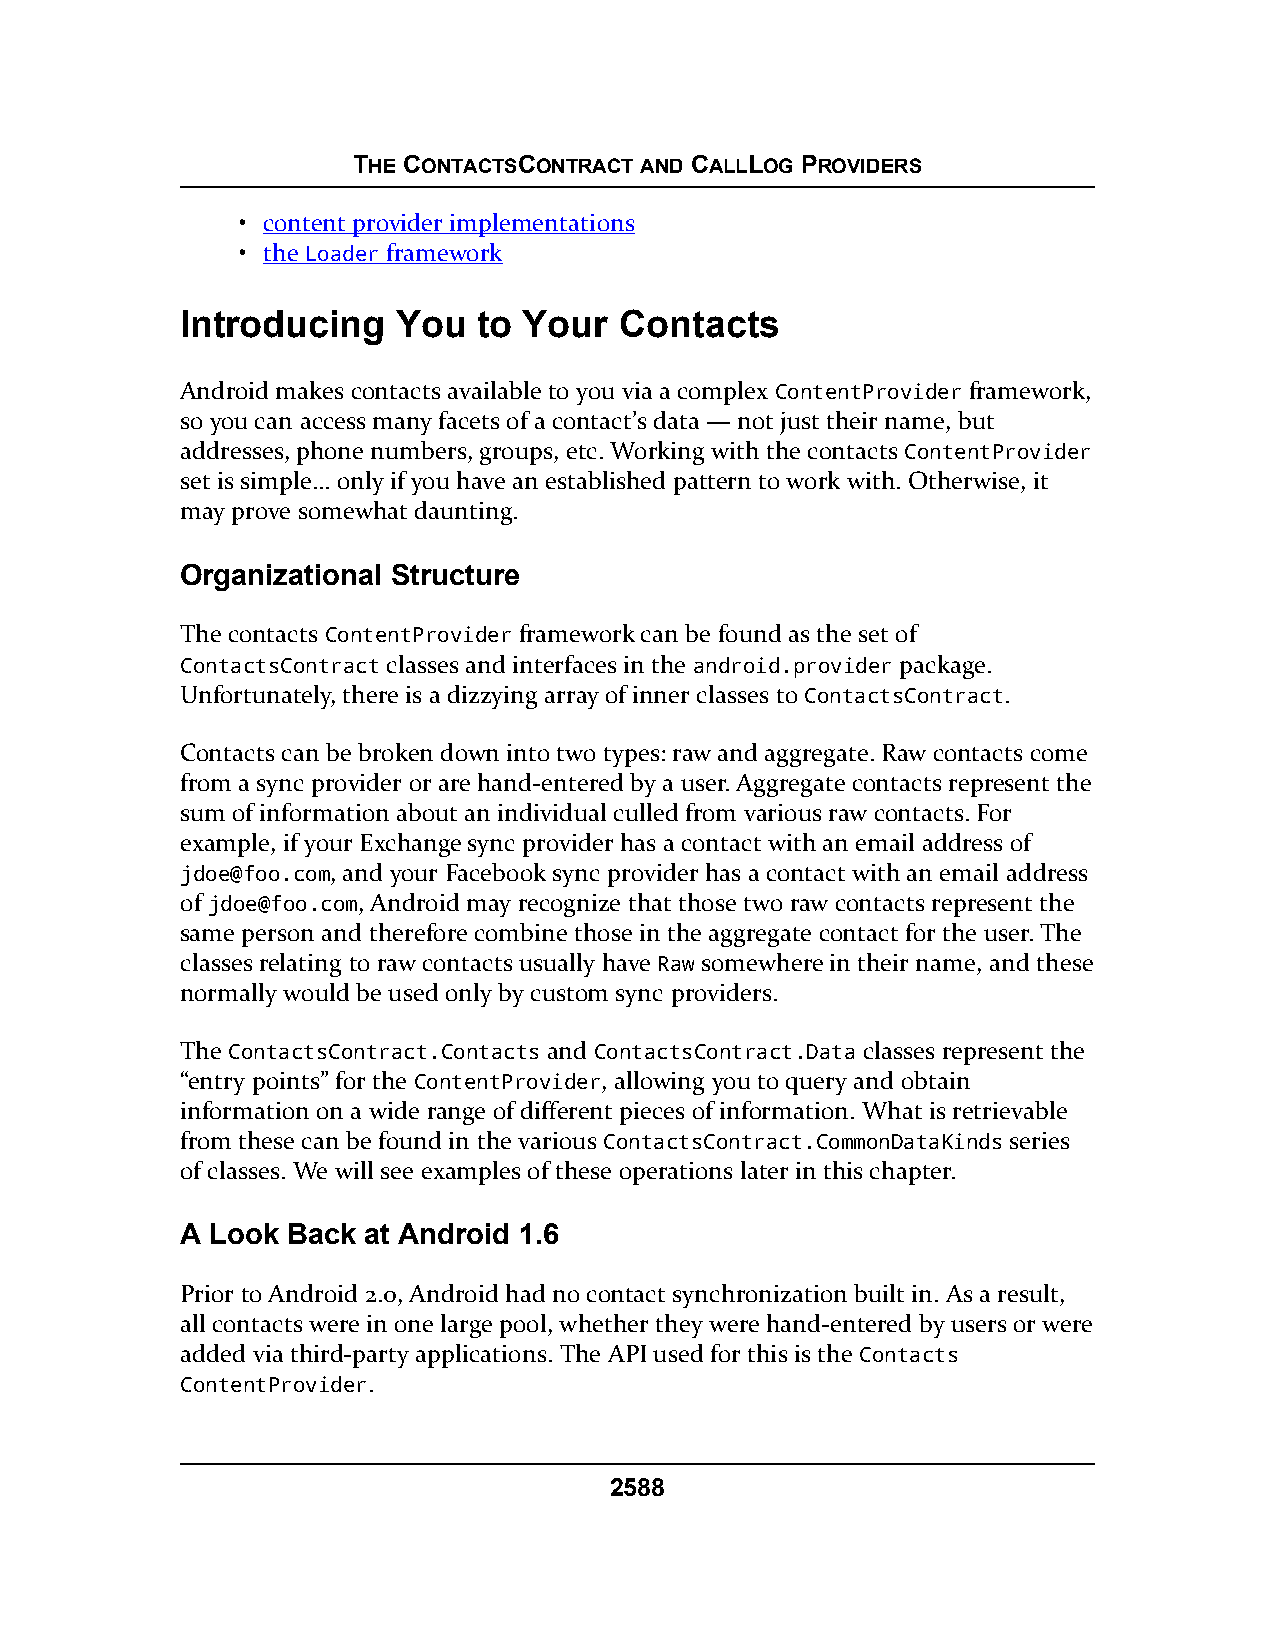
THE CONTACTSCONTRACT AND CALLLOG PROVIDERS
 • content provider implementations
 • the Loader framework
 Introducing   You   to Your  Contacts
 Android makes contacts available to you via a complex ContentProvider framework,
 so you can access many facets of a contact’s data — not just their name, but
 addresses, phone numbers, groups, etc. Working with the contacts ContentProvider
 set is simple… only if you have an established pattern to work with. Otherwise, it
 may prove somewhat daunting.
 Organizational Structure
 The contacts ContentProvider framework can be found as the set of
 ContactsContract classes and interfaces in the android.provider package.
 Unfortunately, there is a dizzying array of inner classes to ContactsContract.
 Contacts can be broken down into two types: raw and aggregate. Raw contacts come
 from a sync provider or are hand-entered by a user. Aggregate contacts represent the
 sum of information about an individual culled from various raw contacts. For
 example, if your Exchange sync provider has a contact with an email address of
 jdoe@foo.com, and your Facebook sync provider has a contact with an email address
 of jdoe@foo.com, Android may recognize that those two raw contacts represent the
 same person and therefore combine those in the aggregate contact for the user. The
 classes relating to raw contacts usually have Raw somewhere in their name, and these
 normally would be used only by custom sync providers.
 The ContactsContract.Contacts and ContactsContract.Data classes represent the
 “entry points” for the ContentProvider, allowing you to query and obtain
 information on a wide range of different pieces of information. What is retrievable
 from these can be found in the various ContactsContract.CommonDataKinds series
 of classes. We will see examples of these operations later in this chapter.
 A Look Back at Android 1.6
 Prior to Android 2.0, Android had no contact synchronization built in. As a result,
 all contacts were in one large pool, whether they were hand-entered by users or were
 added via third-party applications. The API used for this is the Contacts
 ContentProvider.
 2588